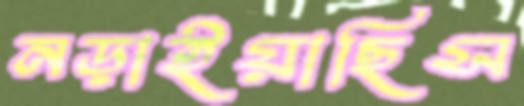
নড়াইয়াছিস